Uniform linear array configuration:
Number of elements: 12
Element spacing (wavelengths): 0.5
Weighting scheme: uniform
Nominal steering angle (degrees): -15
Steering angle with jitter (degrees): -14.221
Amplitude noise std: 0.05
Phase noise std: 0.05

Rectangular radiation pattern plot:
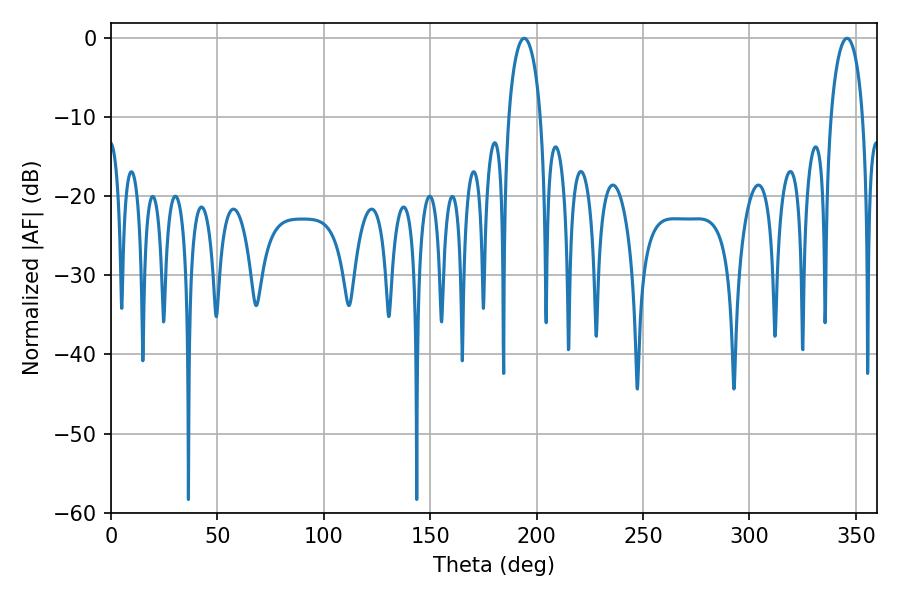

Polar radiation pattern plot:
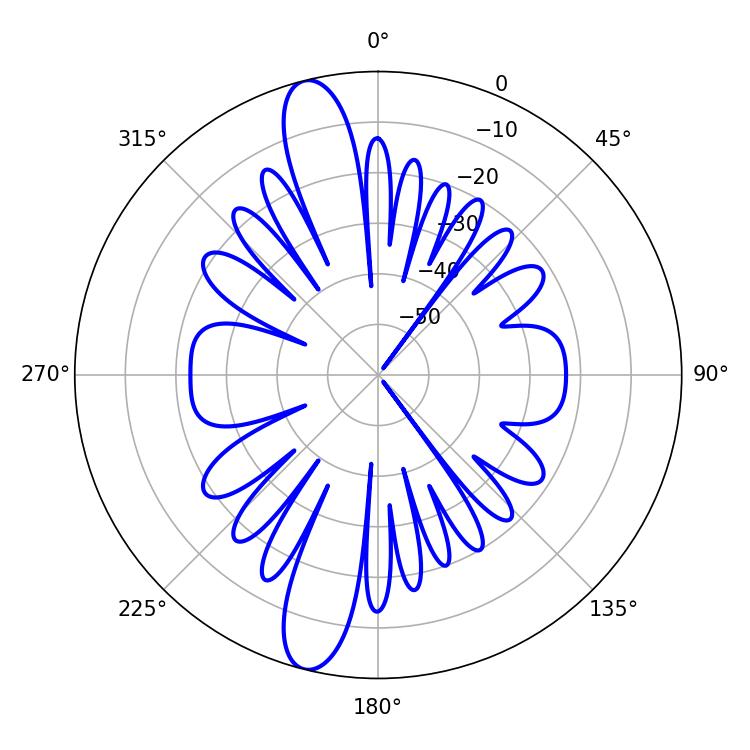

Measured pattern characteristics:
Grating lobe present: FALSE
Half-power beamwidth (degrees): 8.64
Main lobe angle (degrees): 194.22